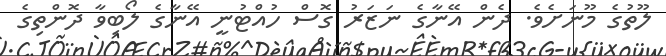
ލޫތުގެ މޫނަށެވެ. ދެން އޭނާގެ ނަޒަރު ގޮސް ހުއްޓުނީ އޭނާގެ ލޯބިވާ ދޮންތިގެ